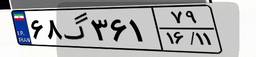
۴۷گ۸۱۷۰۱